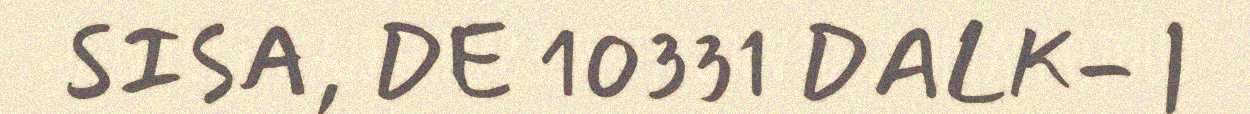
SISA, DE 10331 DALK- |